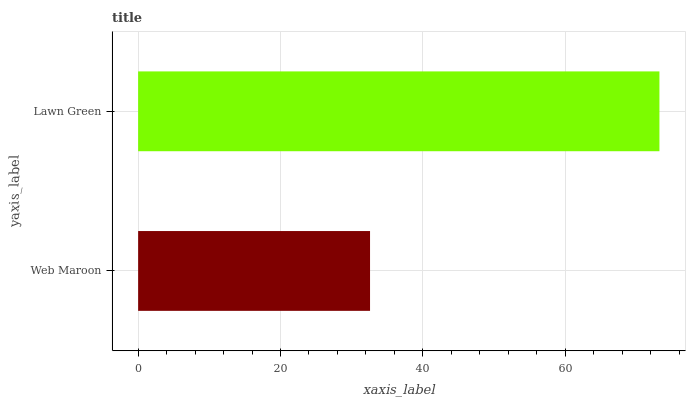
| yaxis_label | bars |
 | --- | --- |
 | Web Maroon | 32.6 |
 | Lawn Green | 73.2 |